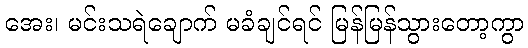
အေး၊ မင်းသရဲချောက် မခံချင်ရင် မြန်မြန်သွားတော့ကွာ